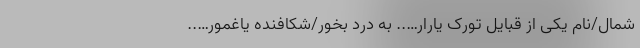
شمال/نام یکی از قبایل تورک یارار….. به درد بخور/شکافنده یاغمور…..